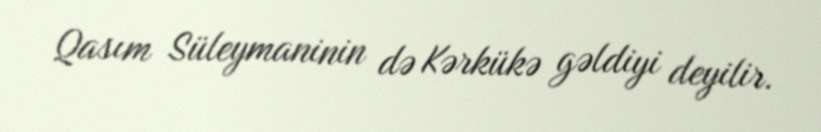
Qasım Süleymaninin də Kərkükə gəldiyi deyilir.